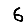
Digit: 6